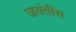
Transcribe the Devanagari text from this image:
जयंतीस